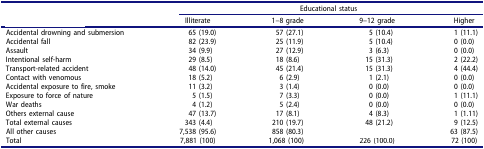
<table><thead><tr><td>[EMPTY_CELL]</td><td colspan="4"><b>Educational status</b></td></tr><tr><td>[EMPTY_CELL]</td><td><b>Illiterate</b></td><td><b>1–8 grade</b></td><td><b>9–12 grade</b></td><td><b>Higher</b></td></tr></thead><tbody><tr><td>Accidental drowning and submersion</td><td>65 (19.0)</td><td>57 (27.1)</td><td>5 (10.4)</td><td>1 (11.1)</td></tr><tr><td>Accidental fall</td><td>82 (23.9)</td><td>25 (11.9)</td><td>5 (10.4)</td><td>0 (0.0)</td></tr><tr><td>Assault</td><td>34 (9.9)</td><td>27 (12.9)</td><td>3 (6.3)</td><td>0 (0.0)</td></tr><tr><td>Intentional self-harm</td><td>29 (8.5)</td><td>18 (8.6)</td><td>15 (31.3)</td><td>2 (22.2)</td></tr><tr><td>Transport-related accident</td><td>48 (14.0)</td><td>45 (21.4)</td><td>15 (31.3)</td><td>4 (44.4)</td></tr><tr><td>Contact with venomous</td><td>18 (5.2)</td><td>6 (2.9)</td><td>1 (2.1)</td><td>0 (0.0)</td></tr><tr><td>Accidental exposure to fire, smoke</td><td>11 (3.2)</td><td>3 (1.4)</td><td>0 (0.0)</td><td>0 (0.0)</td></tr><tr><td>Exposure to force of nature</td><td>5 (1.5)</td><td>7 (3.3)</td><td>0 (0.0)</td><td>1 (11.1)</td></tr><tr><td>War deaths</td><td>4 (1.2)</td><td>5 (2.4)</td><td>0 (0.0)</td><td>0 (0.0)</td></tr><tr><td>Others external cause</td><td>47 (13.7)</td><td>17 (8.1)</td><td>4 (8.3)</td><td>1 (1.11)</td></tr><tr><td>Total external causes</td><td>343 (4.4)</td><td>210 (19.7)</td><td>48 (21.2)</td><td>9 (12.5)</td></tr><tr><td>All other causes</td><td>7,538 (95.6)</td><td>858 (80.3)</td><td>[EMPTY_CELL]</td><td>63 (87.5)</td></tr><tr><td>Total</td><td>7,881 (100)</td><td>1,068 (100)</td><td>226 (100.0)</td><td>72 (100)</td></tr></tbody></table>